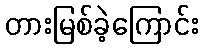
တားမြစ်ခဲ့ကြောင်း